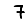
Digit: 7